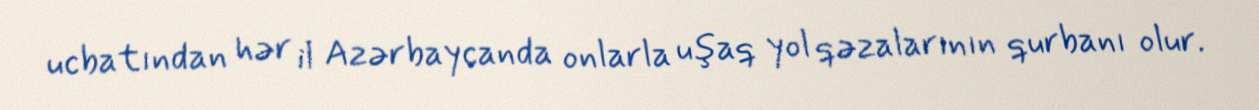
ucbatından hər il Azərbaycanda onlarla uşaq yol qəzalarının qurbanı olur.